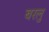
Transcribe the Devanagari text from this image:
बरलु